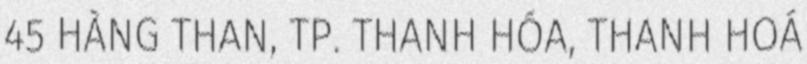
45 HÀNG THAN, TP. THANH HÓA, THANH HOÁ